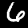
Digit: 6